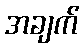
အချက်